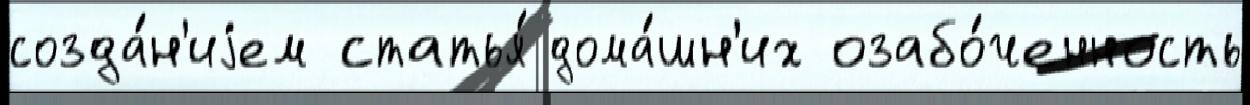
созда́н'иjем статья́ дома́шн'их озабо́ченность